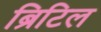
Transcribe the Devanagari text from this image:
ब्रिटिल